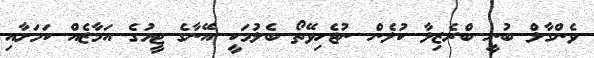
ވެންގާލް ބުނީ ބްރެޒިލާ ކުލެން ނުޖެހިވޭތޯ ބެލުމަކީ އޭނާގެ ޓީމުގެ އަމާޒެއް ކަމަށާއި